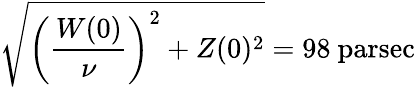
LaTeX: {\sqrt{\left({\frac{W(0)}{\nu}}\right)^{2}+Z(0)^{2}}}=98{\mathrm{~parsec}}